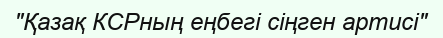
"Қазақ КСРның еңбегі сіңген артисі"